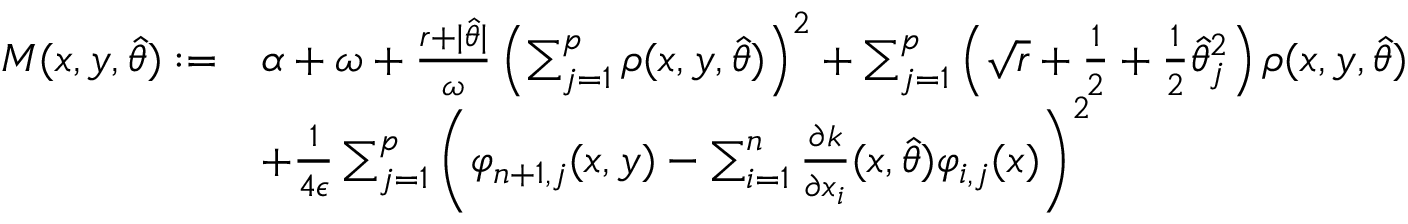
\begin{array} { r l } { M ( x , y , \hat { \theta } ) : = } & { \alpha + \omega + \frac { r + \vert \hat { \theta } \vert } { \omega } \left( \sum _ { j = 1 } ^ { p } \rho ( x , y , \hat { \theta } ) \right) ^ { 2 } + \sum _ { j = 1 } ^ { p } \left( \sqrt { r } + \frac { 1 } { 2 } + \frac { 1 } { 2 } \hat { \theta } _ { j } ^ { 2 } \right) \rho ( x , y , \hat { \theta } ) } \\ & { + \frac { 1 } { 4 \epsilon } \sum _ { j = 1 } ^ { p } \left( \varphi _ { n + 1 , j } ( x , y ) - \sum _ { i = 1 } ^ { n } \frac { \partial k } { \partial x _ { i } } ( x , \hat { \theta } ) \varphi _ { i , j } ( x ) \right) ^ { 2 } } \end{array}